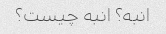
انبه؟ انبه چیست؟